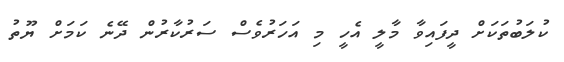
ކުލަބުތަކަށް ދީފައިވާ މާލީ އެހީ މި އަހަރުވެސް ސަރުކާރުން ދޭނެ ކަމަށް ޔޫތު